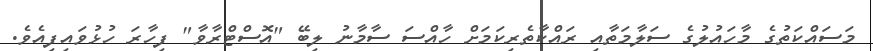
މަސައްކަތުގެ މާހައުލުގެ ސަލާމަތާއި ރައްކާތެރިކަމަށް ހާއްސަ ސާމާނު ލިބޭ "އޮސްޓްރާވާ" ފިހާރަ ހުޅުވައިފިއެވެ.